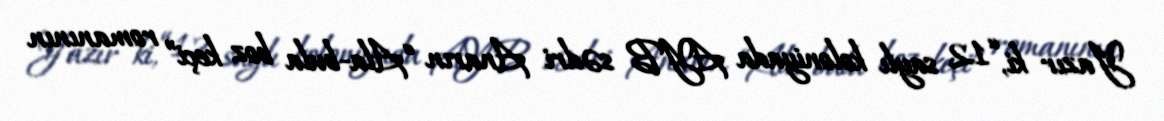
Yazır ki, “12 saylı koloniyada AYB sədri Anarın “Ala-bula boz keçi” romanının